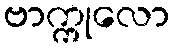
ဗာက္ကုလော